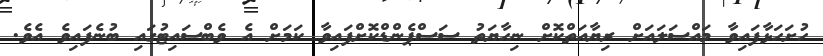
ހުށަހަޅާފައިވާ މައްސަލައަށް ރިޔާއަތްކޮށް ނިހާޔަތު ސަސްޕެންޑްކޮށްފައިވާ ކަމަށް އެ ވެބްސައިޓުގައި ބުނެފައިވެ އެވެ.